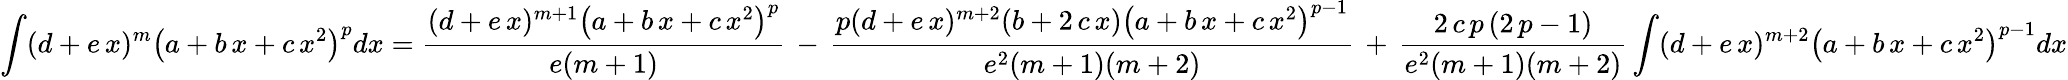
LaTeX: \int(d+e\, x)^{m}\left(a+b\, x+c\, x^{2}\right)^{p}dx={\frac{(d+e\, x)^{m+1}\left(a+b\, x+c\, x^{2}\right)^{p}}{e(m+1)}}\, -\, {\frac{p(d+e\, x)^{m+2}(b+2\, c\, x)\left(a+b\, x+c\, x^{2}\right)^{p-1}}{e^{2}(m+1)(m+2)}}\, +\, {\frac{2\, c\, p\, (2\, p-1)}{e^{2}(m+1)(m+2)}}\int(d+e\, x)^{m+2}\left(a+b\, x+c\, x^{2}\right)^{p-1}dx